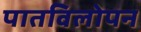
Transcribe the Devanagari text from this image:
पातविलोपन